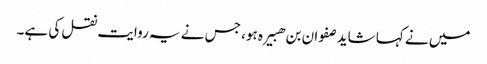
میں نے کہا شاید صفوان بن ھبیرہ ہو، جس نے یہ روایت نقل کی ہے۔